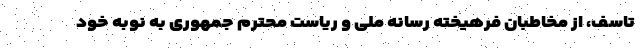
تاسف، از مخاطبان فرهیخته رسانه ملی و ریاست محترم جمهوری به نوبه خود